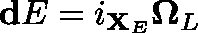
\mathbf { d } E = i _ { \mathbf { X } _ { E } } \mathbf { \Omega } _ { L }